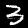
Label: 3